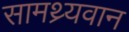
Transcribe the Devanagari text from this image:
सामथ्र्यवान